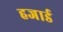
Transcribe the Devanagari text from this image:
हजार्ड